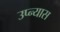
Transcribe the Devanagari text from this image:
उप्न्यास